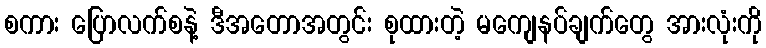
စကား ပြောလက်စနဲ့ ဒီအတောအတွင်း စုထားတဲ့ မကျေနပ်ချက်တွေ အားလုံးကို